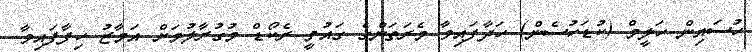
ހުސައިން ހަލީމް (ކުޑަހުސެން) ހަދާފައިވާ މެރަތަންގެ ގައުމީ ރެކޯޑް މުގުރާލުމަށް އަމާޒު ހިފާފައިވާ